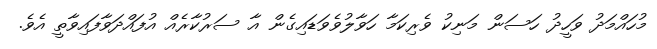
މުހައްމަދު ވަހީދު ހަސަން މަނިކު ވެރިކަމާ ހަވާލުވެވަޑައިގެން އާ ސަރުކާރެއް އުފައްދަވާފައިވާތީ އެވެ.